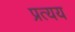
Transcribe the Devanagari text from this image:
प्रत्‍यय